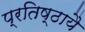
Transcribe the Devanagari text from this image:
प्रतिष्ठायै